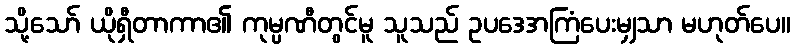
သို့သော် ယိုရှီတာကာ၏ ကုမ္ပဏီတွင်မူ သူသည် ဥပဒေအကြံပေးမျှသာ မဟုတ်ပေ။